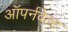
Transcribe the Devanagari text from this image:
ऑपर्नवेल्ट